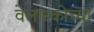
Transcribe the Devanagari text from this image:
वेलास्कोच्या